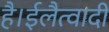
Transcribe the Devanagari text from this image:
है।ईलैत्वादी